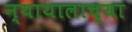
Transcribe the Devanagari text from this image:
न्यायालाच्या